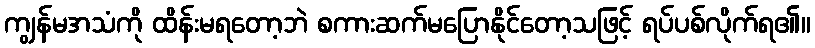
ကျွန်မအသံကို ထိန်းမရတော့ဘဲ စကားဆက်မပြောနိုင်တော့သဖြင့် ရပ်ပစ်လိုက်ရ၏။